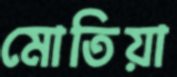
মোতিয়া